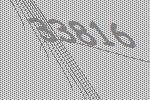
33816